Report of the Municipal Commissioner on the plague in Bombay for the year ending 31st May... - Volume 3
Disease focus: Plague
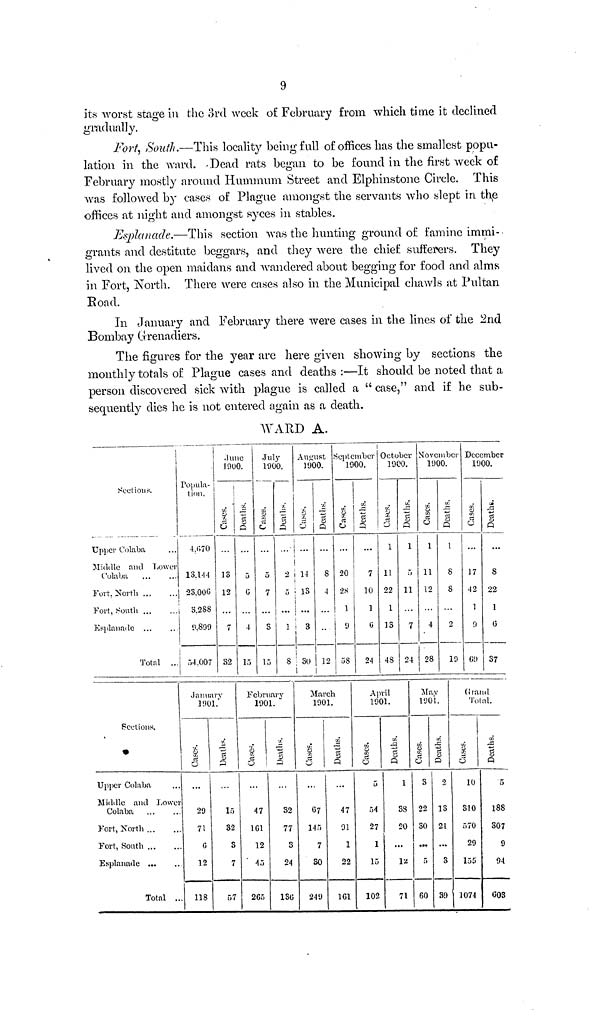
9
its worst stage in the 3rd week of February from which time it declined
gradually.
Fort, South.—This locality being full of offices has the smallest popu-
lation in the "ward. Dead rats began to be found in the first week of
February mostly around Hummum Street and Elphinstone Circle. This
was followed by cases of Plague amongst the servants who slept in the
offices at night and amongst syces in stables.
Esplanade.—This section was the hunting ground of famine immi-
grants and destitute beggars, and they were the chief sufferers. They
lived on the open maidans and wandered about begging for food and alms
in Fort, North. There were cases also in the Municipal chawls at Pultan
Road.
In January and February there were cases in the lines of the 2nd
Bombay Grenadiers.
The figures for the year are here given showing by sections the
monthly totals of Plague cases and deaths :—It should be noted that a
person discovered sick with plague is called a "case," and if be sub-
sequently dies he is not entered again as a death.
WARD A.
Sections.
Upper Colaba
Middle and Lower
Colaba
Fort. North
Fort, South ...
Esplanade ...
Total ...
Popula-
tion.
4.670
13.144
23.006
3.288
9.899
54.007
June
1900.
Cases.
13
12
7
32
Deaths.
5
G
4
15
July
1900.
Cases.
5
7
S
15
Deaths.
2
5
...
1
8
August
1900.
Cases.
14
13
...
3
30
Deaths.
8
4
12
September
1900.
Cases.
20
28
1
9
58
Deaths.
7
10
1
G
24
October
1900.
Cases.
1
11
22
1
13
48
Deaths.
1
5
11
7
24
November
1900.
Cases.
1
11
12
4
28
Deaths.
1
8
8
2
19
December
1900.
Cases.
...
17
42
1
9
69
Deaths.
...
8
22
1
6
37
Sections.
Upper Colaba
Middle and Lower
Colaba
Fort, North
Fort, South
Esplanade ...
Total ..
January
1901.
Cases.
29
71
6
12
118
Deaths.
15
32
3
7
57
February
1901.
Cases.
47
161
12
45
265
Deaths.
32
77
3
24
136
March
1901.
Cases.
67
145
7
30
249
Deaths.
47
91
1
22
161
April
1901.
Cases.
5
54
27
1
15
102
Deaths.
1
38
20
...
12
71
May
1901.
Cases.
3
22
30
...
5
60
Deaths.
2
13
21
...
3
39
Grand
Total.
Cases.
10
310
570
29
155
1074
Deaths.
5
188
307
9
94
603